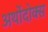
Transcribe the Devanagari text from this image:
अर्थोदोक्स